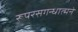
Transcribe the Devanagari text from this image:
रूपरसगन्धात्मने